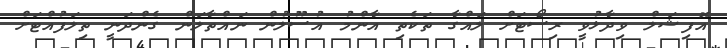
އޮފިޝަލް ވިދާޅުވީ ރިސޯޓަށް ލައްގާ ތަކެތި އާންމު އުސޫލުން ނައްތާލަން ގެންދަނީ ތިލަފުއްޓަށް